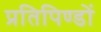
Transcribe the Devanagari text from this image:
प्रतिपिण्डों